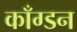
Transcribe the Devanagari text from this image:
काँग्डन